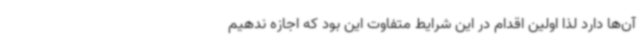
آن‌ها دارد لذا اولین اقدام در این شرایط متفاوت این بود که اجازه ندهیم